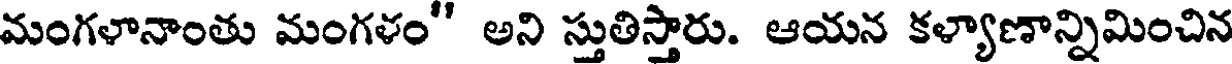
మంగళానాంతు మంగళం" అని స్తుతిస్తారు. ఆయన కళ్యాణాన్నిమించిన